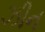
ઝીન